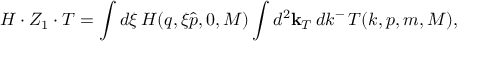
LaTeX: H \cdot Z _ { 1 } \cdot T = \int d \xi \, H ( q , \xi \hat { p } , 0 , M ) \int d ^ { 2 } { \bf k } _ { T } \, d k ^ { - } \, T ( k , p , m , M ) ,